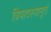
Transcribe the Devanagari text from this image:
त्रिपादस्यामृतं